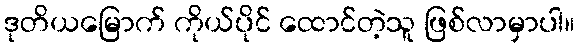
ဒုတိယမြောက် ကိုယ်ပိုင် ထောင်တဲ့သူ ဖြစ်လာမှာပါ။